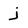
Character: j